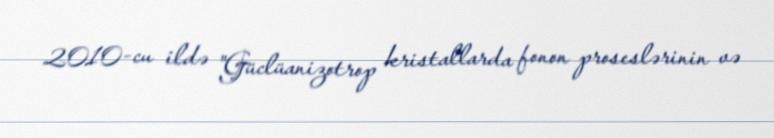
2010-cu ildə "Güclüanizotrop kristallarda fonon proseslərinin və